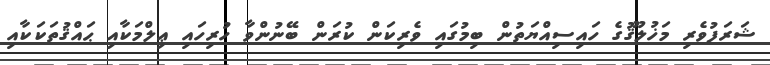
ޝަރަފުވެރި މަޚުލޫޤުގެ ހައިސިއްޔަތުން ބިމުގައި ވެރިކަން ކުރަން ބޭނުންވާ ހުރިހައި ޢިލްމަކާއި ޙައްޤުތަކަކާއި